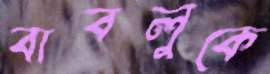
বাবলুকে